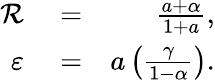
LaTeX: \begin{array}{rlr}{\mathcal{R}}&{{}=}&{\frac{a+\alpha}{1+a},}\\ {\varepsilon}&{{}=}&{a\left(\frac{\gamma}{1-\alpha}\right).}\end{array}